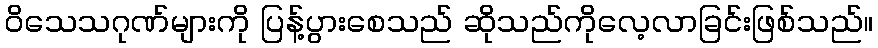
ဝိသေသဂုဏ်များကို ပြန့်ပွားစေသည် ဆိုသည်ကိုလေ့လာခြင်းဖြစ်သည်။